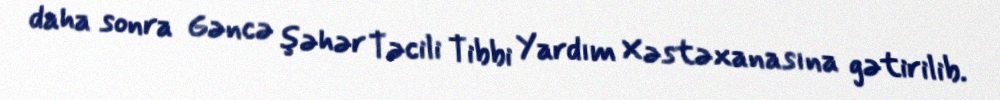
daha sonra Gəncə şəhər Təcili Tibbi Yardım Xəstəxanasına gətirilib.